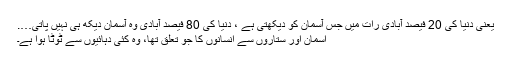
یعنی دنیا کی 20 فیصد آبادی رات میں جس آسمان کو دیکھتی ہے ، دنیا کی 80 فیصد آبادی وہ آسمان دیکھ ہی نہیں پاتی….
آسمان اور ستاروں سے انسانوں کا جو تعلق تھا، وہ کئی دہائیوں سے ٹوٹا ہوا ہے۔